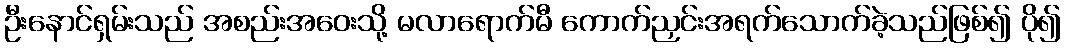
ဦးနောင်ရှမ်းသည် အစည်းအဝေးသို့ မလာရောက်မီ ကောက်ညှင်းအရက်သောက်ခဲ့သည်ဖြစ်၍ ပို၍